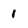
Character: 1